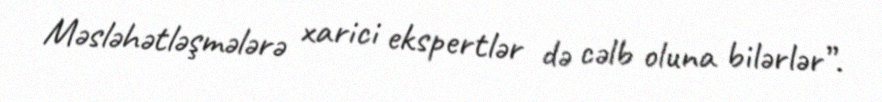
Məsləhətləşmələrə xarici ekspertlər də cəlb oluna bilərlər”.